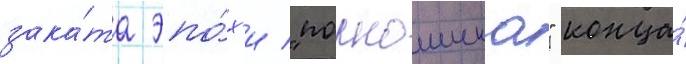
зака́та эпо́х'и "порношика" конца́